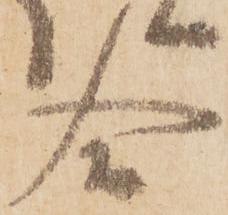
合